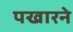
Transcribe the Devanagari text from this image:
पखारने